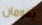
يقومان